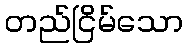
တည်ငြိမ်သော